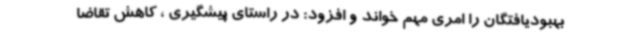
بهبودیافتگان را امری مهم خواند و افزود: در راستای پیشگیری ، کاهش تقاضا